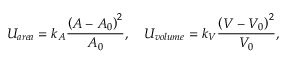
U _ { a r e a } = k _ { A } \frac { \left( A - A _ { 0 } \right) ^ { 2 } } { A _ { 0 } } , \quad U _ { v o l u m e } = k _ { V } \frac { \left( V - V _ { 0 } \right) ^ { 2 } } { V _ { 0 } } ,